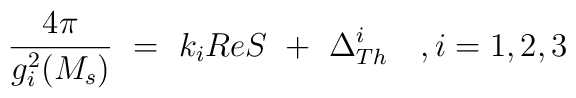
{{4\pi } \over {g_i^2(M_s)}}\ =\ k_iReS \ +\ \Delta ^i_{Th} \ \ \ , i=1,2,3